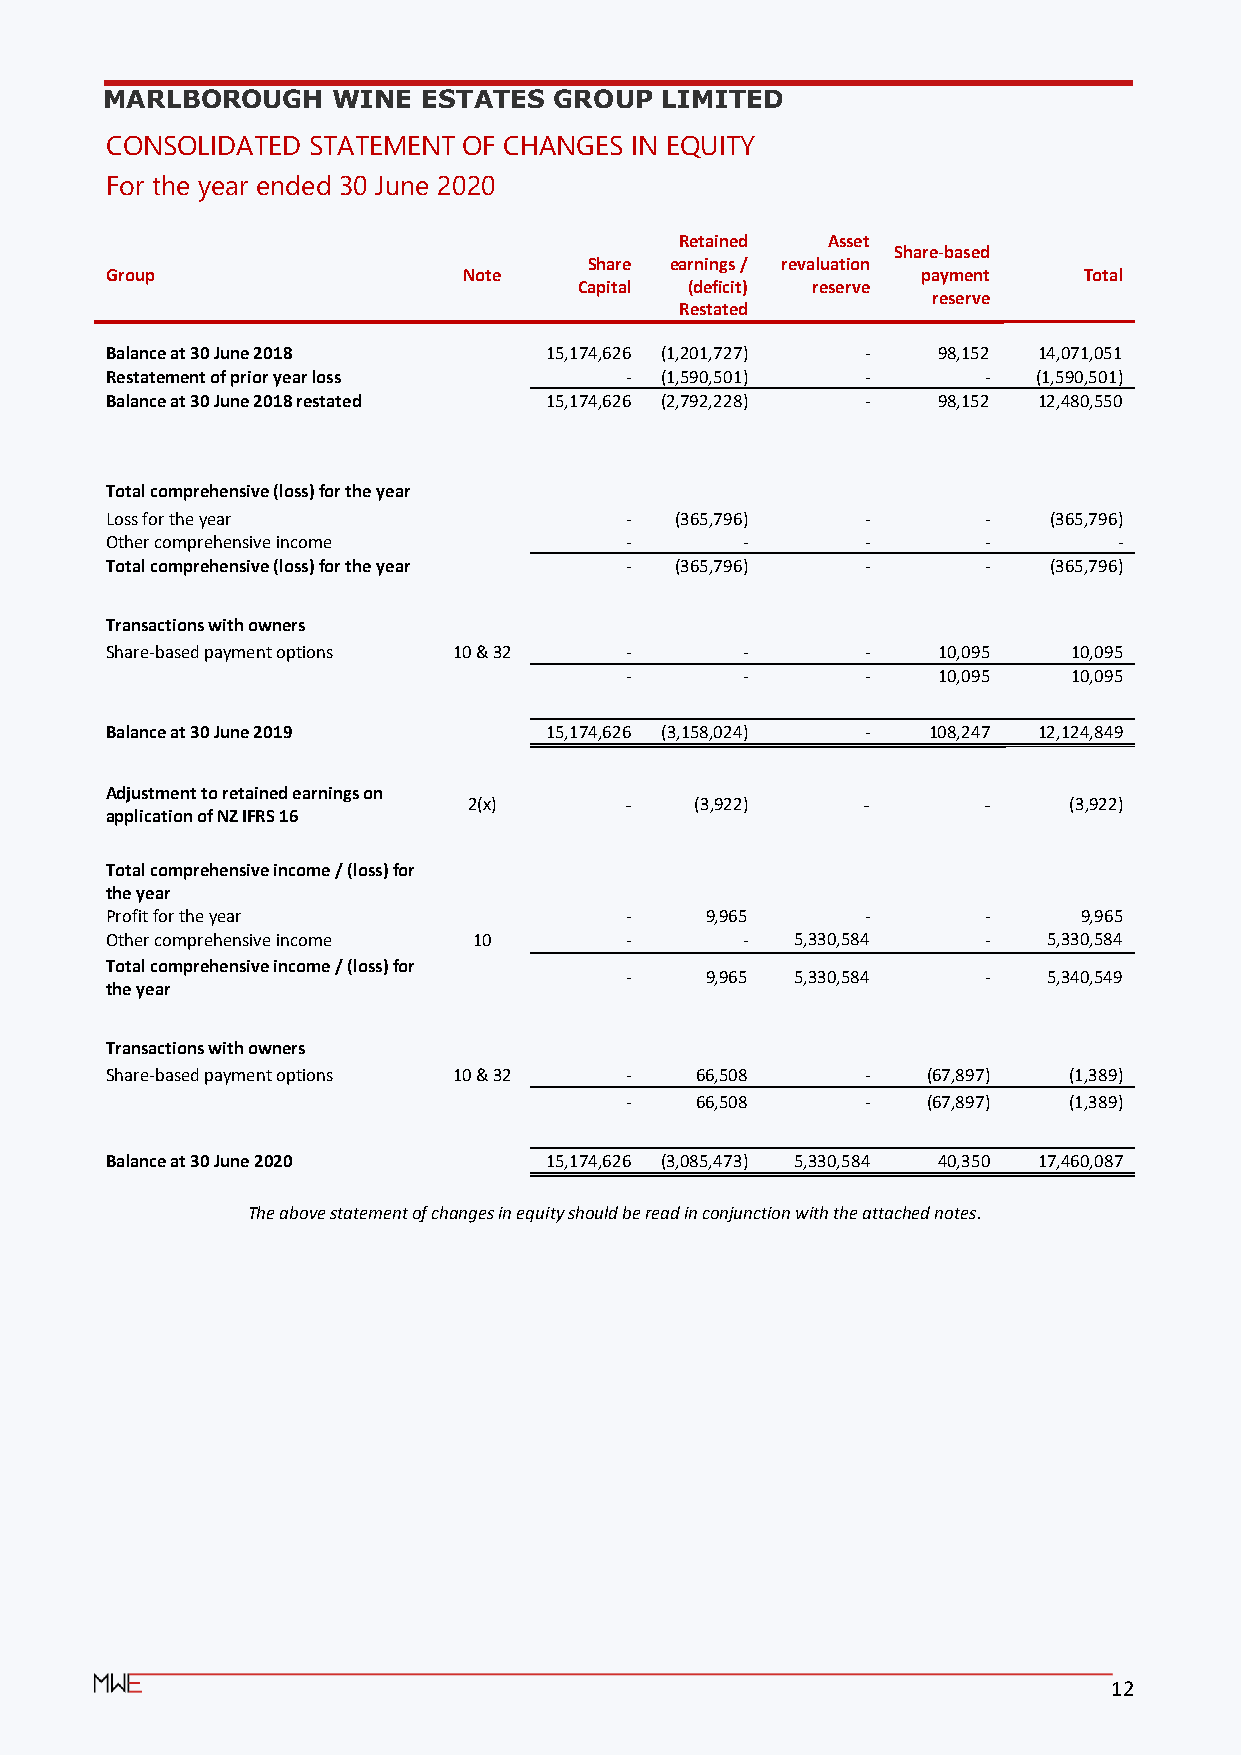
MARLBOROUGH    WINE  ESTATES  GROUP  LIMITED
 CONSOLIDATED STATEMENT  OF CHANGES IN EQUITY
 For the year ended 30 June 2020
 Retained  Asset
 Share-based
 Share earnings / revaluation
 Group                   Note                          payment    Total
 Capital (deficit) reserve
 reserve
 Restated
 Balance at 30 June 2018      15,174,626 (1,201,727) -  98,152 14,071,051
 Restatement of prior year loss    -  (1,590,501)  -       -   (1,590,501)
 Balance at 30 June 2018 restated 15,174,626 (2,792,228) - 98,152 12,480,550
 Total comprehensive (loss) for the year
 Loss for the year                 -   ( 3 6 5 , 7 96) -   -   (365,796)
 Other comprehensive income        -       -       -       -        -
 Total comprehensive (loss) for the year - (365,796) -     -   (365,796)
 Transactions with owners
 Share-based payment options 10 & 32 -     -       -    10,095   10,095
 -       -       -    10,095   10,095
 Balance at 30 June 2019      15,174,626 (3,158,024) - 108,247 12,124,849
 Adjustment to retained earnings on
 2(x)      -    (3,922)    -       -     (3,922)
 application of NZ IFRS 16
 Total comprehensive income / (loss) for
 the year
 Profit for the year               -     9 , 9 65  -       -      9,965
 Other comprehensive income 10     -       -   5,330,584   -   5,330,584
 Total comprehensive income / (loss) for
 -     9,965 5,330,584   -   5,340,549
 the year
 Transactions with owners
 Share-based payment options 10 & 32 -  66,508     -   (67,897)  (1,389)
 -    66,508     -   (67,897)  (1,389)
 Balance at 30 June 2020      15,174,626 (3,085,473) 5,330,584 40,350 17,460,087
 The above statement of changes in equity should be read in conjunction with the attached notes.
 12